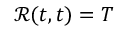
\mathcal { R } ( t , t ) = T